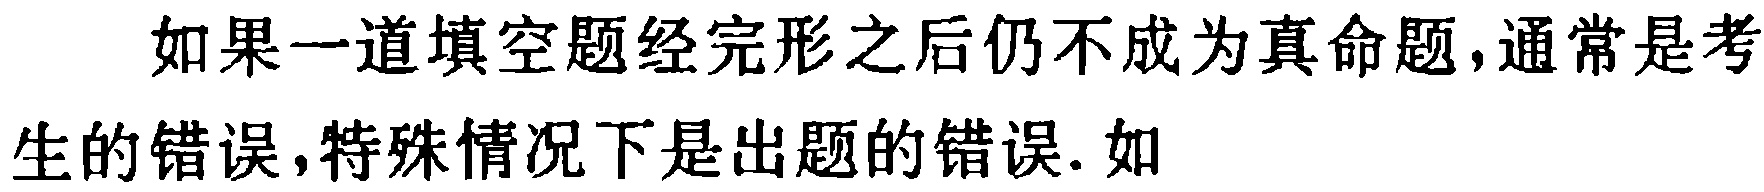
如果一道填空题经完形之后仍不成为真命题,通常是考生的错误,特殊情况下是出题的错误. 如